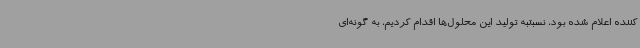
کننده اعلام شده بود، نسبتبه تولید این محلول‌ها اقدام کردیم، به گونه‌ای